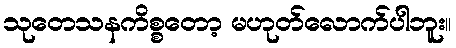
သုတေသနကိစ္စတော့ မဟုတ်လောက်ပါဘူး။